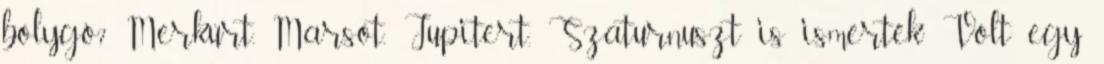
bolygó? Merkúrt, Marsot, Jupitert, Szaturnuszt is ismerték Volt egy